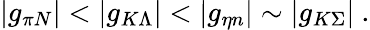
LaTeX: |g_{\pi N}|<|g_{K\Lambda}|<|g_{\eta n}|\sim|g_{K\Sigma}|~.